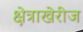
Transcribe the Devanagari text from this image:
क्षेत्राखेरीज